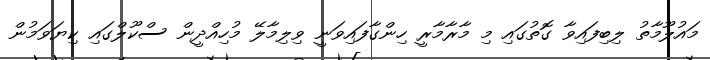
މައުލޫމާތު ލިބިފައިވާ ގޮތުގައި މި މާރާމާރީ ހިންގާފައިވަނީ ވިލިމާލޭ މުހިއްދީން ސްކޫލްގައި ކިޔަވަމުން